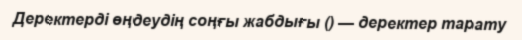
Деректерді өңдеудің соңғы жабдығы () — деректер тарату